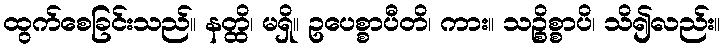
ထွက်စေခြင်းသည်။ နတ္ထိ၊ မရှိ။ ဥပေစ္စာပီတိ၊ ကား။ သဉ္စိစ္စာပိ၊ သိ၍လည်း။